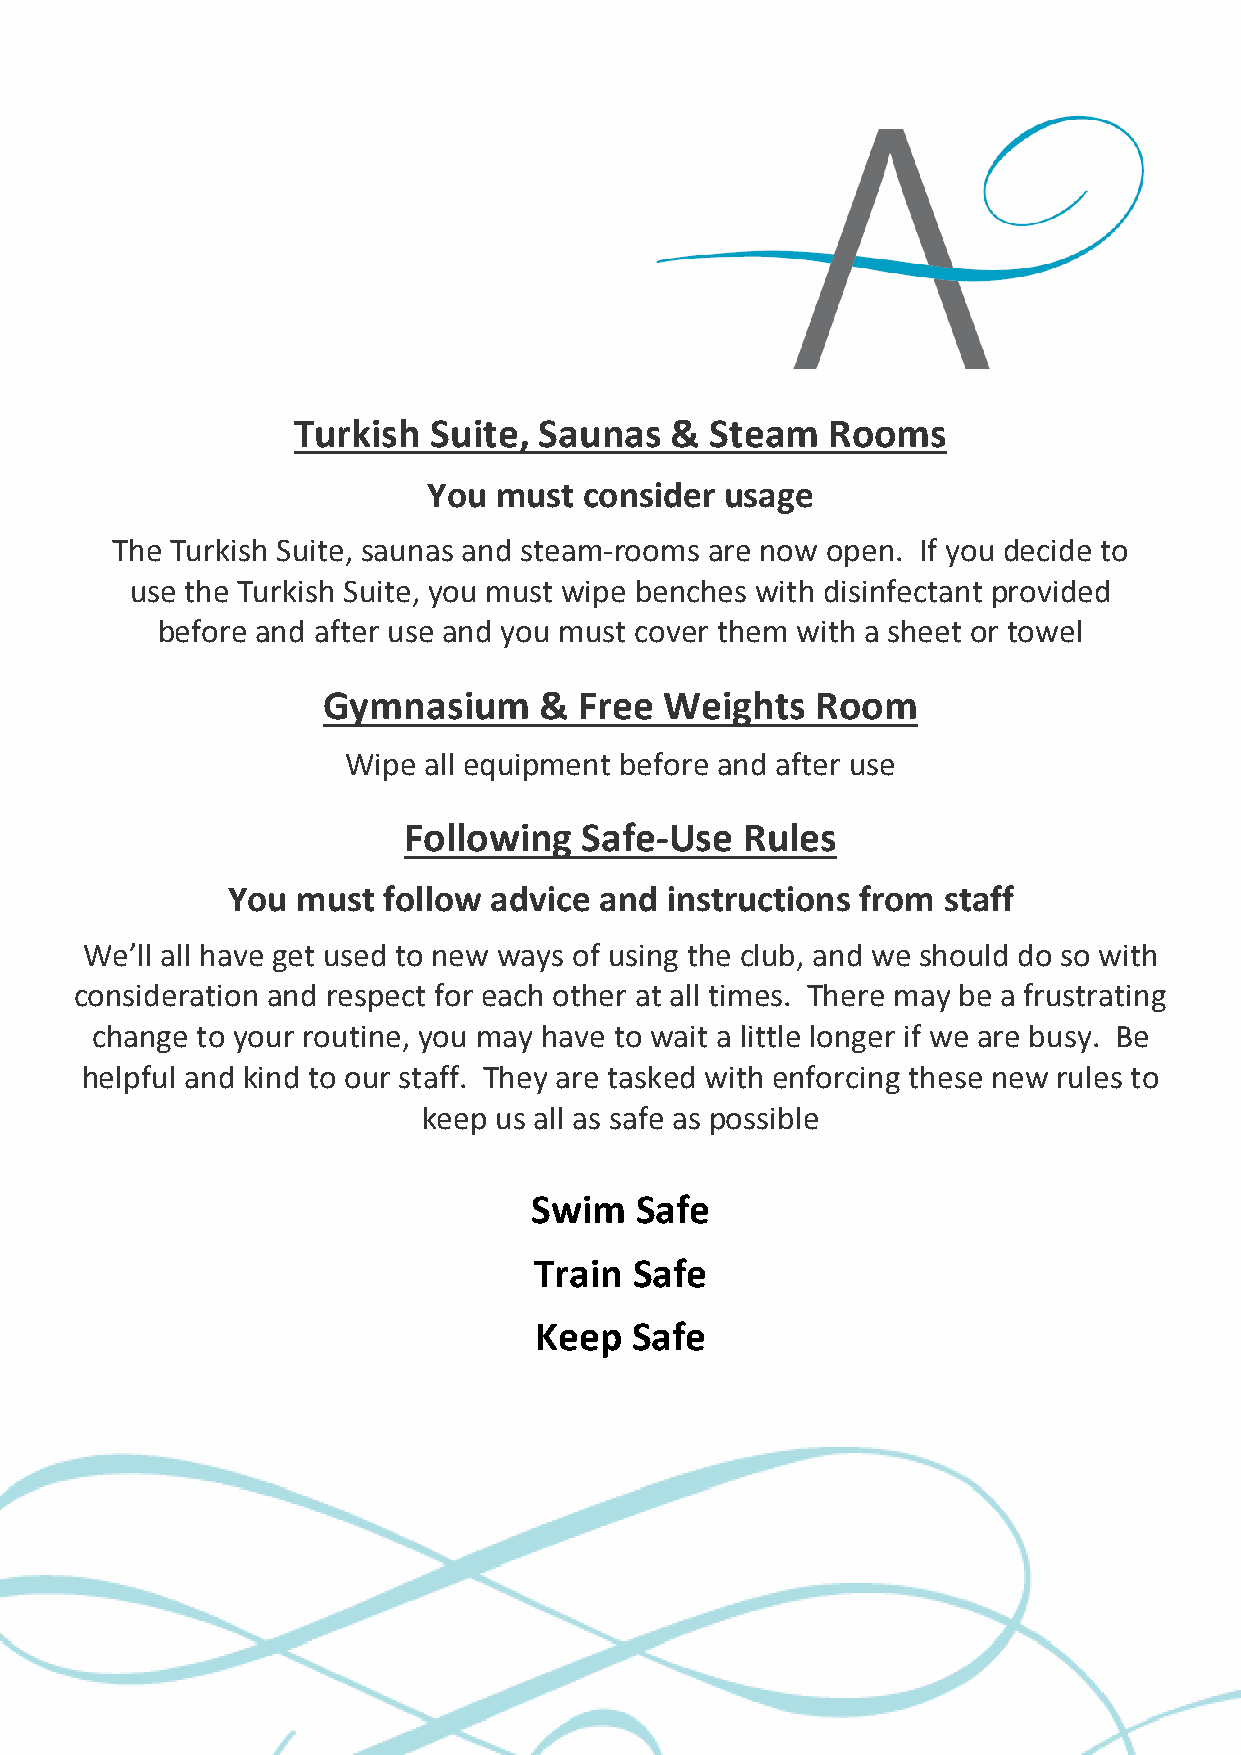
Turkish   Suite, Saunas  &  Steam   Rooms
 You  must  consider usage
 The Turkish Suite, saunas and steam-rooms are now open. If you decide to
 use the Turkish Suite, you must wipe benches with disinfectant provided
 before and after use and you must cover them with a sheet or towel
 Gymnasium      & Free  Weights   Room
 Wipe all equipment before and after use
 Following  Safe-Use   Rules
 You  must follow advice  and instructions from staff
 We’ll all have get used to new ways of using the club, and we should do so with
 consideration and respect for each other at all times. There may be a frustrating
 change to your routine, you may have to wait a little longer if we are busy. Be
 helpful and kind to our staff. They are tasked with enforcing these new rules to
 keep us all as safe as possible
 Swim   Safe
 Train  Safe
 Keep   Safe